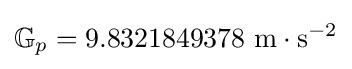
\mathbb {G} _{p}=9.8321849378\,\,\mathrm {m} \cdot \mathrm {s} ^{-2}